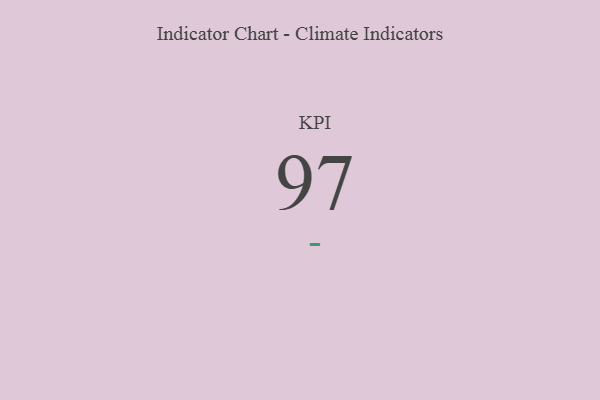
{"axis": {"x": "KPI", "y": "Value"}, "legend": [""], "data": [{"x": "KPI", "y": 97, "type": ""}]}